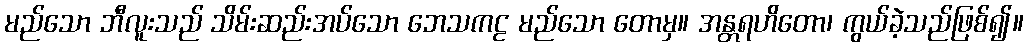
မည်သော ဘီလူးသည် သိမ်းဆည်းအပ်သော ဘေသကဠ မည်သော တောမှ။ အန္တရဟိတော၊ ကွယ်ခဲ့သည်ဖြစ်၍။